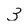
Character: 3